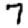
Digit: 7